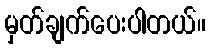
မှတ်ချက်ပေးပါတယ်။